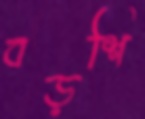
বড়শি